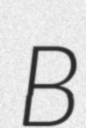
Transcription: B